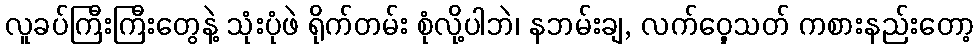
လူခပ်ကြီးကြီးတွေနဲ့ သုံးပုံဖဲ ရိုက်တမ်း စုံလို့ပါဘဲ၊ နဘမ်းချ, လက်ဝှေ့သတ် ကစားနည်းတော့